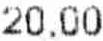
20.00